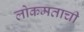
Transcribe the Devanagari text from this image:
लोकमताची